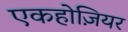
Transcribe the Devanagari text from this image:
एकहोज़ियर